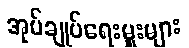
အုပ်ချုပ်ရေးမှူးများ